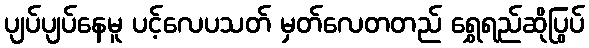
ပျပ်ပျပ်နေမူ ပင့်လေပသတ် မှတ်လေတတည် ရွှေရည်ဆိုပြွပ်